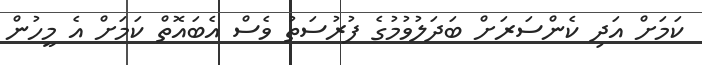
ކަމަށް އަދި ކެންސަރަށް ބަދަލުވުމުގެ ފުރުސަތު ވެސް އެބައޮތް ކަމަށް އެ މީހުން